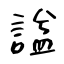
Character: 諡